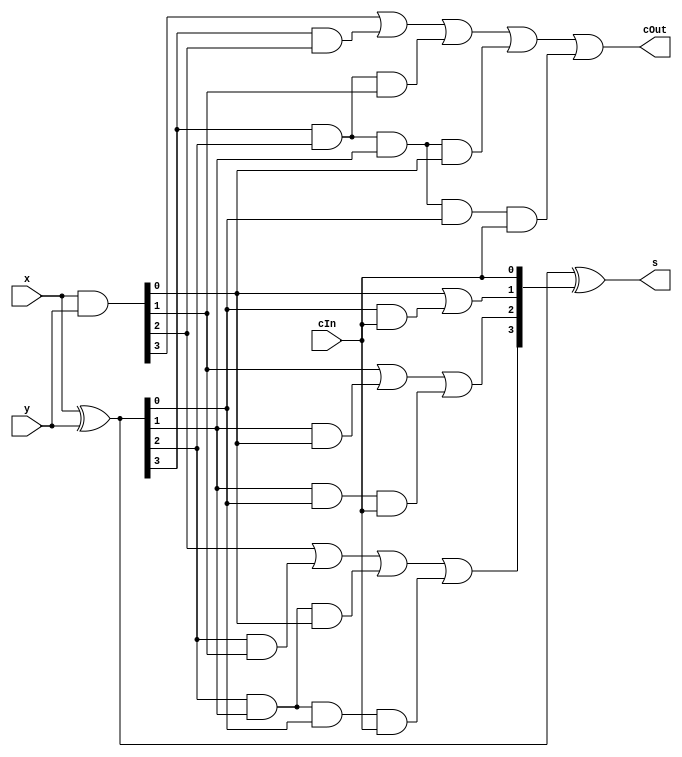
module CLA_Add_old4(x, y, cIn, s, cOut);

    input [3:0] x, y;
    input cIn;
    
    output [3:0] s;
    output cOut;
    
    wire [3:0] g, p;
    wire [4:0] c;
    
    assign g = x&y;
    assign p = x^y;
    
    assign c[0] = cIn;
    
    assign c[1] = g[0] | p[0]&c[0];
    assign c[2] = g[1] | p[1]&g[0] | p[1]&p[0]&c[0];
    assign c[3] = g[2] | p[2]&g[1] | p[2]&p[1]&g[0] | p[2]&p[1]&p[0]&c[0];
    assign c[4] = g[3] | p[3]&g[2] | p[3]&p[2]&g[1] | p[3]&p[2]&p[1]&g[0] | p[3]&p[2]&p[1]&p[0]&c[0];
    
    assign s = p^c[3:0];
    
    assign cOut = c[4];    
    
endmodule